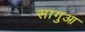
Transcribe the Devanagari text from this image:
सागुआ